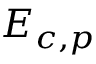
{ { E } _ { c , p } }